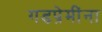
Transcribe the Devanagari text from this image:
गडप्रेमींना